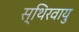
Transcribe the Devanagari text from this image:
स्थिरवायु